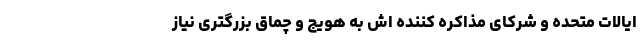
ایالات متحده و شرکای مذاکره کننده اش به هویج و چماق بزرگتری نیاز